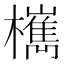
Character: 㰎